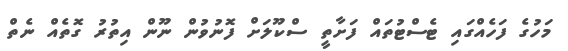
މަހުގެ ފަހެއްގައި ޓެސްޓުތައް ފަށާތީ ސްކޫލަށް ފޮނުވުން ނޫން އިތުރު ގޮތެއް ނެތް